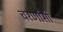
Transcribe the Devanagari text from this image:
चरणांसी